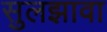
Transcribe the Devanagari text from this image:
सुलझावा